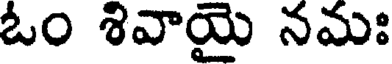
ఓం శివాయై నమః